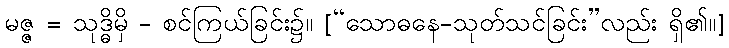
မဇ္ဇ = သုဒ္ဓိမှိ - စင်ကြယ်ခြင်း၌။ [“သောဓနေ-သုတ်သင်ခြင်း”လည်း ရှိ၏။]